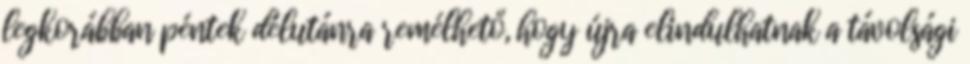
legkorábban péntek délutánra remélhető, hogy újra elindulhatnak a távolsági